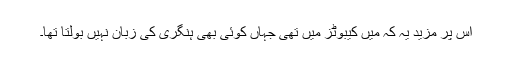
اُس پر مزید یہ کہ میں کیبوٹز میں تھی جہاں کوئی بھی ہنگری کی زبان نہیں بولتا تھا۔